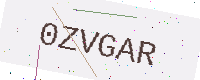
Text: 0ZVGAR